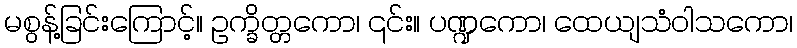
မစွန့်ခြင်းကြောင့်။ ဥက္ခိတ္တကော၊ ၎င်း။ ပဏ္ဍကော၊ ထေယျသံဝါသကော၊